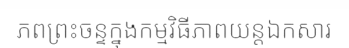
ភពព្រះចន្ទក្នុងកម្មវិធីភាពយន្តឯកសារ